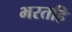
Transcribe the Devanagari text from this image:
भरतहि